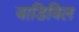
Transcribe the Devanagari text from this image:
वाडिविल